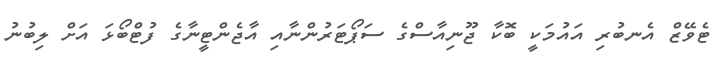
ޓެވޭޒް އެނބުރި އައުމަކީ ބޮކާ ޖޫނިއާސްގެ ސަޕޯޓަރުންނާއި އާޖެންޓީނާގެ ފުޓްބޯޅަ އަށް ލިބުނު